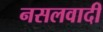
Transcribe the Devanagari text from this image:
नसलवादी